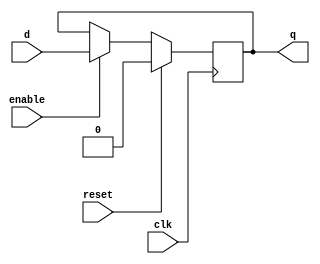
module dff (
  input clk,
  input reset,
  input d,
  input enable,
  output reg q
);

always @(posedge clk) begin
  if (reset) begin
    q <= 1'b0;
  end else if (enable) begin
    q <= d;
  end
end

endmodule